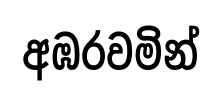
අඹරවමින්